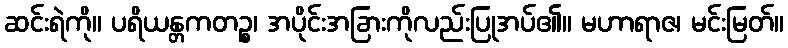
ဆင်းရဲကို။ ပရိယန္တကတဉ္စ၊ အပိုင်းအခြားကိုလည်းပြုအပ်၏။ မဟာရာဇ၊ မင်းမြတ်။